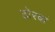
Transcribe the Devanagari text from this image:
ढोरवां